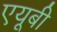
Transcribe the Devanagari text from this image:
एयूबी